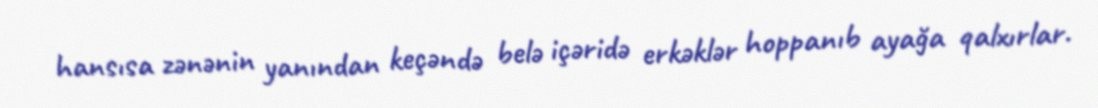
hansısa zənənin yanından keçəndə belə içəridə erkəklər hoppanıb ayağa qalxırlar.